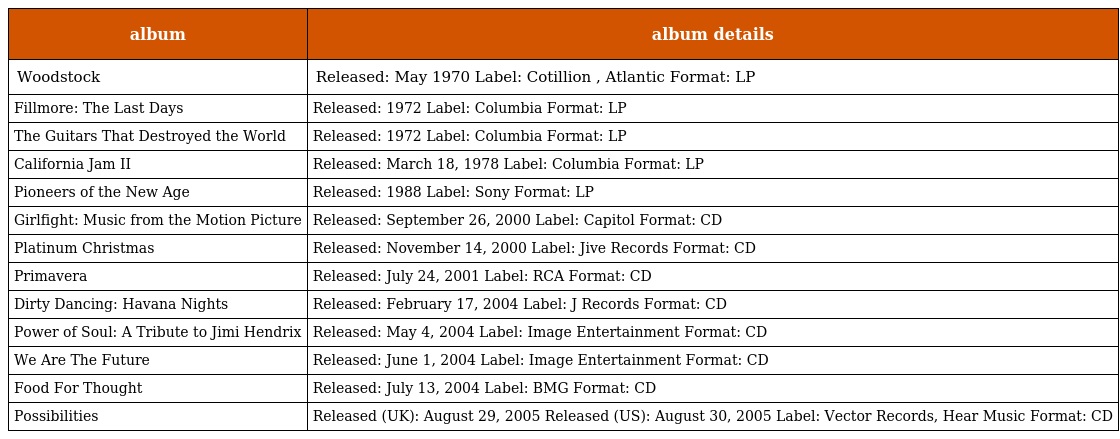
| album | album details |
 | --- | --- |
 | Woodstock | Released: May 1970 Label: Cotillion , Atlantic Format: LP |
 | Fillmore: The Last Days | Released: 1972 Label: Columbia Format: LP |
 | The Guitars That Destroyed the World | Released: 1972 Label: Columbia Format: LP |
 | California Jam II | Released: March 18, 1978 Label: Columbia Format: LP |
 | Pioneers of the New Age | Released: 1988 Label: Sony Format: LP |
 | Girlfight: Music from the Motion Picture | Released: September 26, 2000 Label: Capitol Format: CD |
 | Platinum Christmas | Released: November 14, 2000 Label: Jive Records Format: CD |
 | Primavera | Released: July 24, 2001 Label: RCA Format: CD |
 | Dirty Dancing: Havana Nights | Released: February 17, 2004 Label: J Records Format: CD |
 | Power of Soul: A Tribute to Jimi Hendrix | Released: May 4, 2004 Label: Image Entertainment Format: CD |
 | We Are The Future | Released: June 1, 2004 Label: Image Entertainment Format: CD |
 | Food For Thought | Released: July 13, 2004 Label: BMG Format: CD |
 | Possibilities | Released (UK): August 29, 2005 Released (US): August 30, 2005 Label: Vector Records, Hear Music Format: CD |